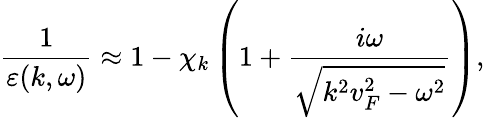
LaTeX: \frac{1}{\varepsilon(k,\omega)}\approx 1-\chi_{k}\left(1+\frac{i\omega}{\sqrt{k^{2}v_{F}^{2}-\omega^{2}}}\right),